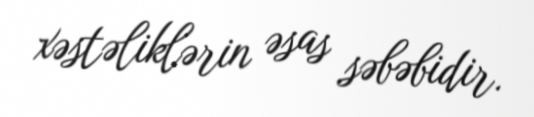
xəstəliklərin əsas səbəbidir.